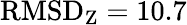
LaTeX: \mathrm{RMSD}_{\mathrm{Z}}=10.7